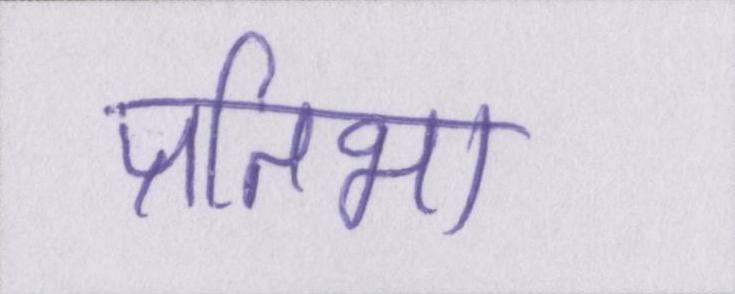
प्रतिभा